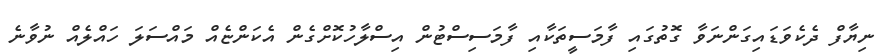
ނިޔާފް ދެކެވަޑައިގަންނަވާ ގޮތުގައި ފާމަސީތަކާއި ފާމަސިސްޓުން އިސްލާހުކޮށްގެން އެކަންޏެއް މައްސަލަ ހައްލެއް ނުވާނެ